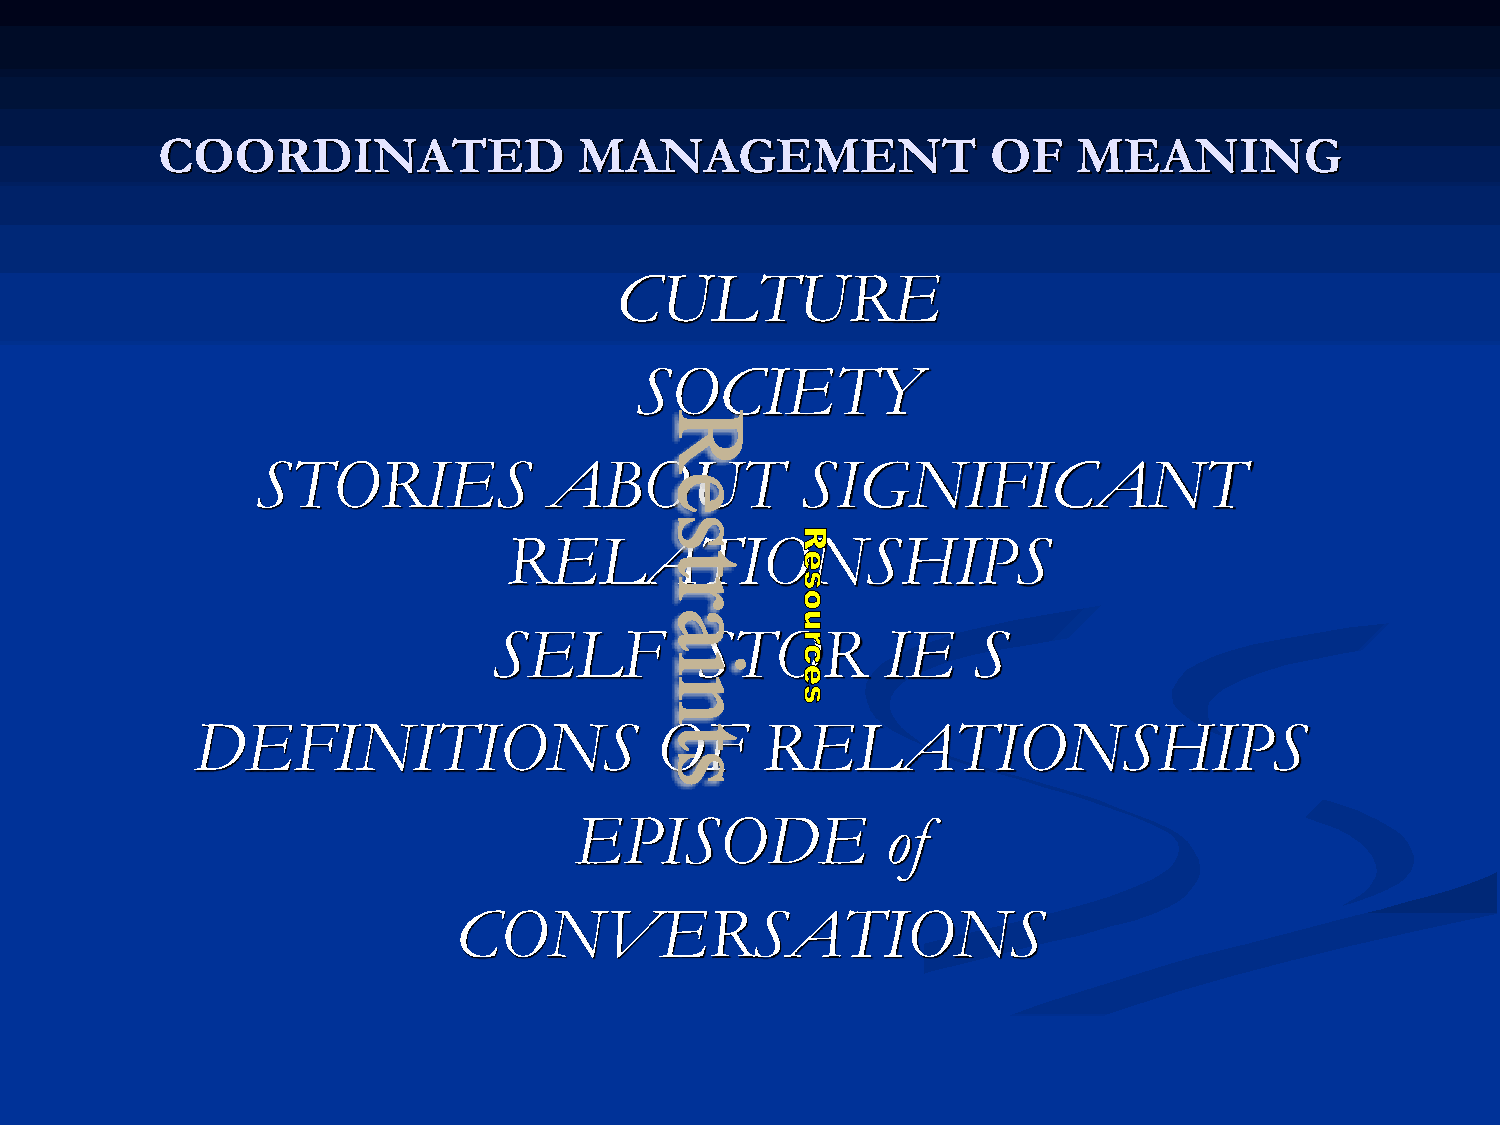
COORDINATED                 MANAGEMENT                  OF   MEANING
 CULTURE
 SOCIETY
 STORIES            ABOUT            SIGNIFICANT
 RELATIONSHIPS
 SELF         STOR        IE    S
 DEFINITIONS                   OF     RELATIONSHIPS
 EPISODE              of
 CONVERSATIONS